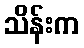
သိန်းက